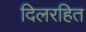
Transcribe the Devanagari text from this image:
दिलरहित